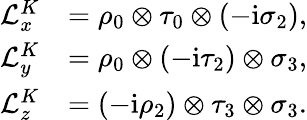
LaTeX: \begin{array}{rl}{\mathcal{L}_{x}^{K}}&{=\rho_{0}\otimes\tau_{0}\otimes(-\mathrm{i}\sigma_{2}),}\\ {\mathcal{L}_{y}^{K}}&{=\rho_{0}\otimes(-\mathrm{i}\tau_{2})\otimes\sigma_{3},}\\ {\mathcal{L}_{z}^{K}}&{=(-\mathrm{i}\rho_{2})\otimes\tau_{3}\otimes\sigma_{3}.}\end{array}